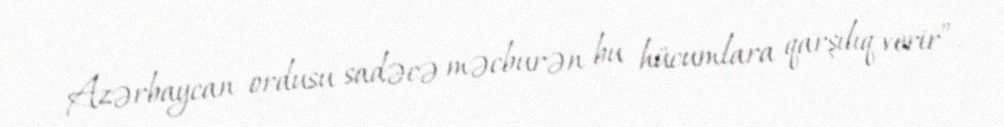
Azərbaycan ordusu sadəcə məcburən bu hücumlara qarşılıq verir”.